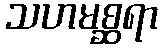
သဟမစ္ဆရာ